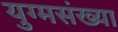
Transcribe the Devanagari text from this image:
युग्मसंख्या